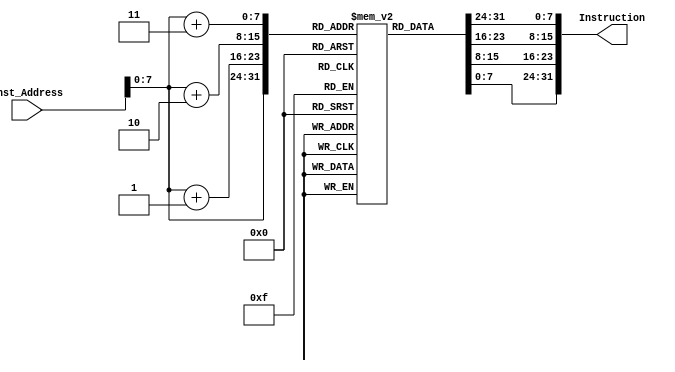
`timescale 1ns / 1ps
//////////////////////////////////////////////////////////////////////////////////
// Company: 
// Engineer: 
// 
// Design Name: 
// Module Name: Instruction_Memory
// Project Name: 
// Target Devices: 
// Tool Versions: 
// Description: 
// 
// Dependencies: 
// 
// Revision:
// Revision 0.01 - File Created
// Additional Comments:
// 
//////////////////////////////////////////////////////////////////////////////////

module Instruction_Memory
(
	input [63:0] Inst_Address,
	output reg [31:0] Instruction
);
	reg [7:0] inst_mem[160:0];
//    reg [7:0] inst_mem[15:0];	
	initial
	begin   
      {inst_mem[3], inst_mem[2], inst_mem[1], inst_mem[0]} = 32'h00000913;//1
      {inst_mem[7], inst_mem[6], inst_mem[5], inst_mem[4]} = 32'h00500993;//2
      {inst_mem[11], inst_mem[10], inst_mem[9], inst_mem[8]} = 32'h00000413;//3
      {inst_mem[15], inst_mem[14], inst_mem[13], inst_mem[12]} = 32'h00050513;//4
      {inst_mem[19], inst_mem[18], inst_mem[17], inst_mem[16]} = 32'h00500113;//5	
      {inst_mem[23], inst_mem[22], inst_mem[21], inst_mem[20]} = 32'h00200193;//6
      {inst_mem[27], inst_mem[26], inst_mem[25], inst_mem[24]} = 32'h00100213;//7
      {inst_mem[31], inst_mem[30], inst_mem[29], inst_mem[28]} = 32'h00700593;//8
      {inst_mem[35], inst_mem[34], inst_mem[33], inst_mem[32]} = 32'h00400613;//9
      {inst_mem[39], inst_mem[38], inst_mem[37], inst_mem[36]} = 32'h07340663;//10	
      {inst_mem[43], inst_mem[42], inst_mem[41], inst_mem[40]} = 32'h00000493;//11
      {inst_mem[47], inst_mem[46], inst_mem[45], inst_mem[44]} = 32'h00000513;//12
      {inst_mem[51], inst_mem[50], inst_mem[49], inst_mem[48]} = 32'hfff98313;//13
      {inst_mem[55], inst_mem[54], inst_mem[53], inst_mem[52]} = 32'h40830333;//14
      {inst_mem[59], inst_mem[58], inst_mem[57], inst_mem[56]} = 32'h04648663;//15
      {inst_mem[63], inst_mem[62], inst_mem[61], inst_mem[60]} = 32'h00349393;//16
      {inst_mem[67], inst_mem[66], inst_mem[65], inst_mem[64]} = 32'h012383b3;//17
      {inst_mem[71], inst_mem[70], inst_mem[69], inst_mem[68]} = 32'h0003b283;//18
      {inst_mem[75], inst_mem[74], inst_mem[73], inst_mem[72]} = 32'h00148e93;//19
      {inst_mem[79], inst_mem[78], inst_mem[77], inst_mem[76]} = 32'h003e9e13;//20
      {inst_mem[83], inst_mem[82], inst_mem[81], inst_mem[80]} = 32'h012e0e33;//21
      {inst_mem[87], inst_mem[86], inst_mem[85], inst_mem[84]} = 32'h000e3f03;//22
      {inst_mem[91], inst_mem[90], inst_mem[89], inst_mem[88]} = 32'h005f4663;//23
      {inst_mem[95], inst_mem[94], inst_mem[93], inst_mem[92]} = 32'h00148493;//24
      {inst_mem[99], inst_mem[98], inst_mem[97], inst_mem[96]} = 32'hfc000ce3;//25
      {inst_mem[103], inst_mem[102], inst_mem[101], inst_mem[100]} = 32'h00028f93;//26
      {inst_mem[107], inst_mem[106], inst_mem[105], inst_mem[104]} = 32'h000f0293;//27
      {inst_mem[111], inst_mem[110], inst_mem[109], inst_mem[108]} = 32'h0053b023;//28
      {inst_mem[115], inst_mem[114], inst_mem[113], inst_mem[112]} = 32'h000f8f13;//29
      {inst_mem[119], inst_mem[118], inst_mem[117], inst_mem[116]} = 32'h01ee3023;//31
      {inst_mem[123], inst_mem[122], inst_mem[121], inst_mem[120]} = 32'h00100513;//32
      {inst_mem[127], inst_mem[126], inst_mem[125], inst_mem[124]} = 32'h00148493;//33
      {inst_mem[131], inst_mem[130], inst_mem[129], inst_mem[128]} = 32'hfa000ce3;//34
      {inst_mem[135], inst_mem[134], inst_mem[133], inst_mem[132]} = 32'h00140413;//35
      {inst_mem[139], inst_mem[138], inst_mem[137], inst_mem[136]} = 32'h00050463;//36
      {inst_mem[143], inst_mem[142], inst_mem[141], inst_mem[140]} = 32'hf8000ce3;//37
    end
	  
	always @(Inst_Address)
	begin
		Instruction={inst_mem[Inst_Address+3],inst_mem[Inst_Address+2],inst_mem[Inst_Address+1],inst_mem[Inst_Address]};
	end
endmodule